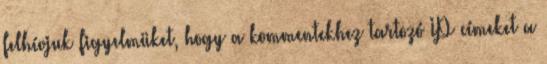
felhívjuk figyelmüket, hogy a kommentekhez tartozó IP címeket a